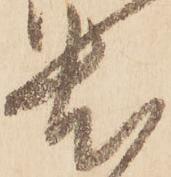
尤